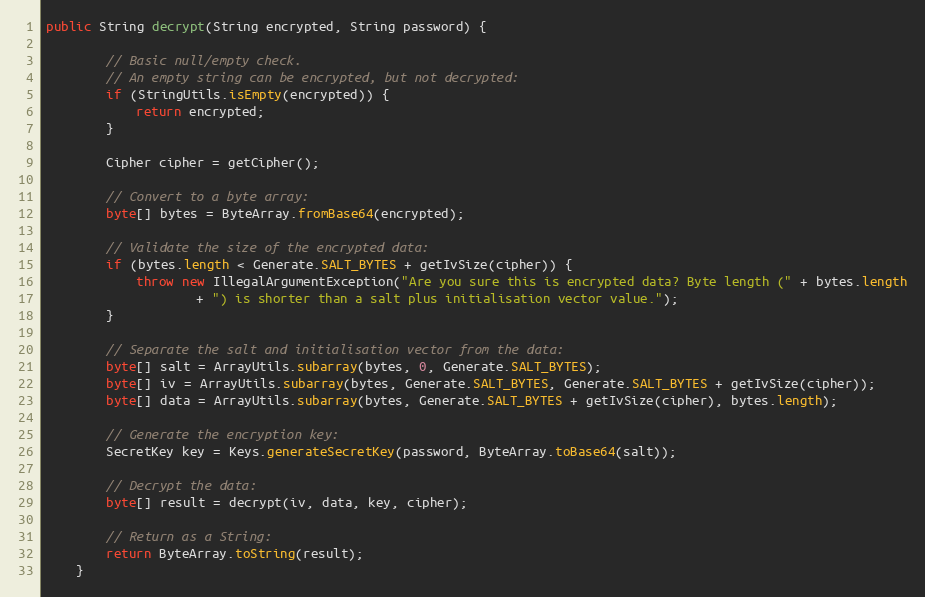
Language: Java
public String decrypt(String encrypted, String password) {

        // Basic null/empty check.
        // An empty string can be encrypted, but not decrypted:
        if (StringUtils.isEmpty(encrypted)) {
            return encrypted;
        }

        Cipher cipher = getCipher();

        // Convert to a byte array:
        byte[] bytes = ByteArray.fromBase64(encrypted);

        // Validate the size of the encrypted data:
        if (bytes.length < Generate.SALT_BYTES + getIvSize(cipher)) {
            throw new IllegalArgumentException("Are you sure this is encrypted data? Byte length (" + bytes.length
                    + ") is shorter than a salt plus initialisation vector value.");
        }

        // Separate the salt and initialisation vector from the data:
        byte[] salt = ArrayUtils.subarray(bytes, 0, Generate.SALT_BYTES);
        byte[] iv = ArrayUtils.subarray(bytes, Generate.SALT_BYTES, Generate.SALT_BYTES + getIvSize(cipher));
        byte[] data = ArrayUtils.subarray(bytes, Generate.SALT_BYTES + getIvSize(cipher), bytes.length);

        // Generate the encryption key:
        SecretKey key = Keys.generateSecretKey(password, ByteArray.toBase64(salt));

        // Decrypt the data:
        byte[] result = decrypt(iv, data, key, cipher);

        // Return as a String:
        return ByteArray.toString(result);
    }